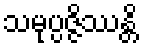
သမုပ္ပဇ္ဇိဿန္တိ